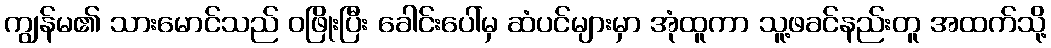
ကျွန်မ၏ သားမောင်သည် ဝဖြိုးပြီး ခေါင်းပေါ်မှ ဆံပင်များမှာ အုံထူကာ သူ့ဖခင်နည်းတူ အထက်သို့